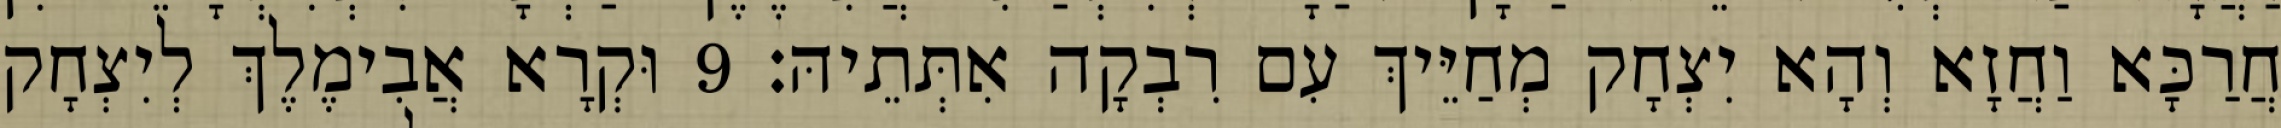
חֲרַכָּא וַחֲזָא וְהָא יִצְחָק מְחַיֵּיךְ עִם רִבְקָה אִתְּתֵיהּ׃ 9 וּקְרָא אֲבִימֶלֶךְ לְיִצְחָק